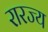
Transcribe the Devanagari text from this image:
रारज्य